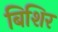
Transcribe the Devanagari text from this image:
बिशिर